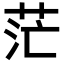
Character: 茫